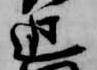
近